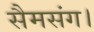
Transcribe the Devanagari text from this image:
सैमसंग।